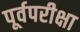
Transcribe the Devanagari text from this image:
पूर्वपरीक्षा